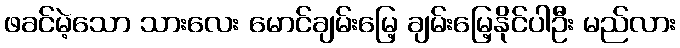
ဖခင်မဲ့သော သားလေး မောင်ချမ်းမြေ့ ချမ်းမြေ့နိုင်ပါဦး မည်လား